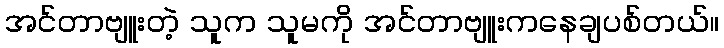
အင်တာဗျူးတဲ့ သူက သူမကို အင်တာဗျူးကနေချပစ်တယ်။